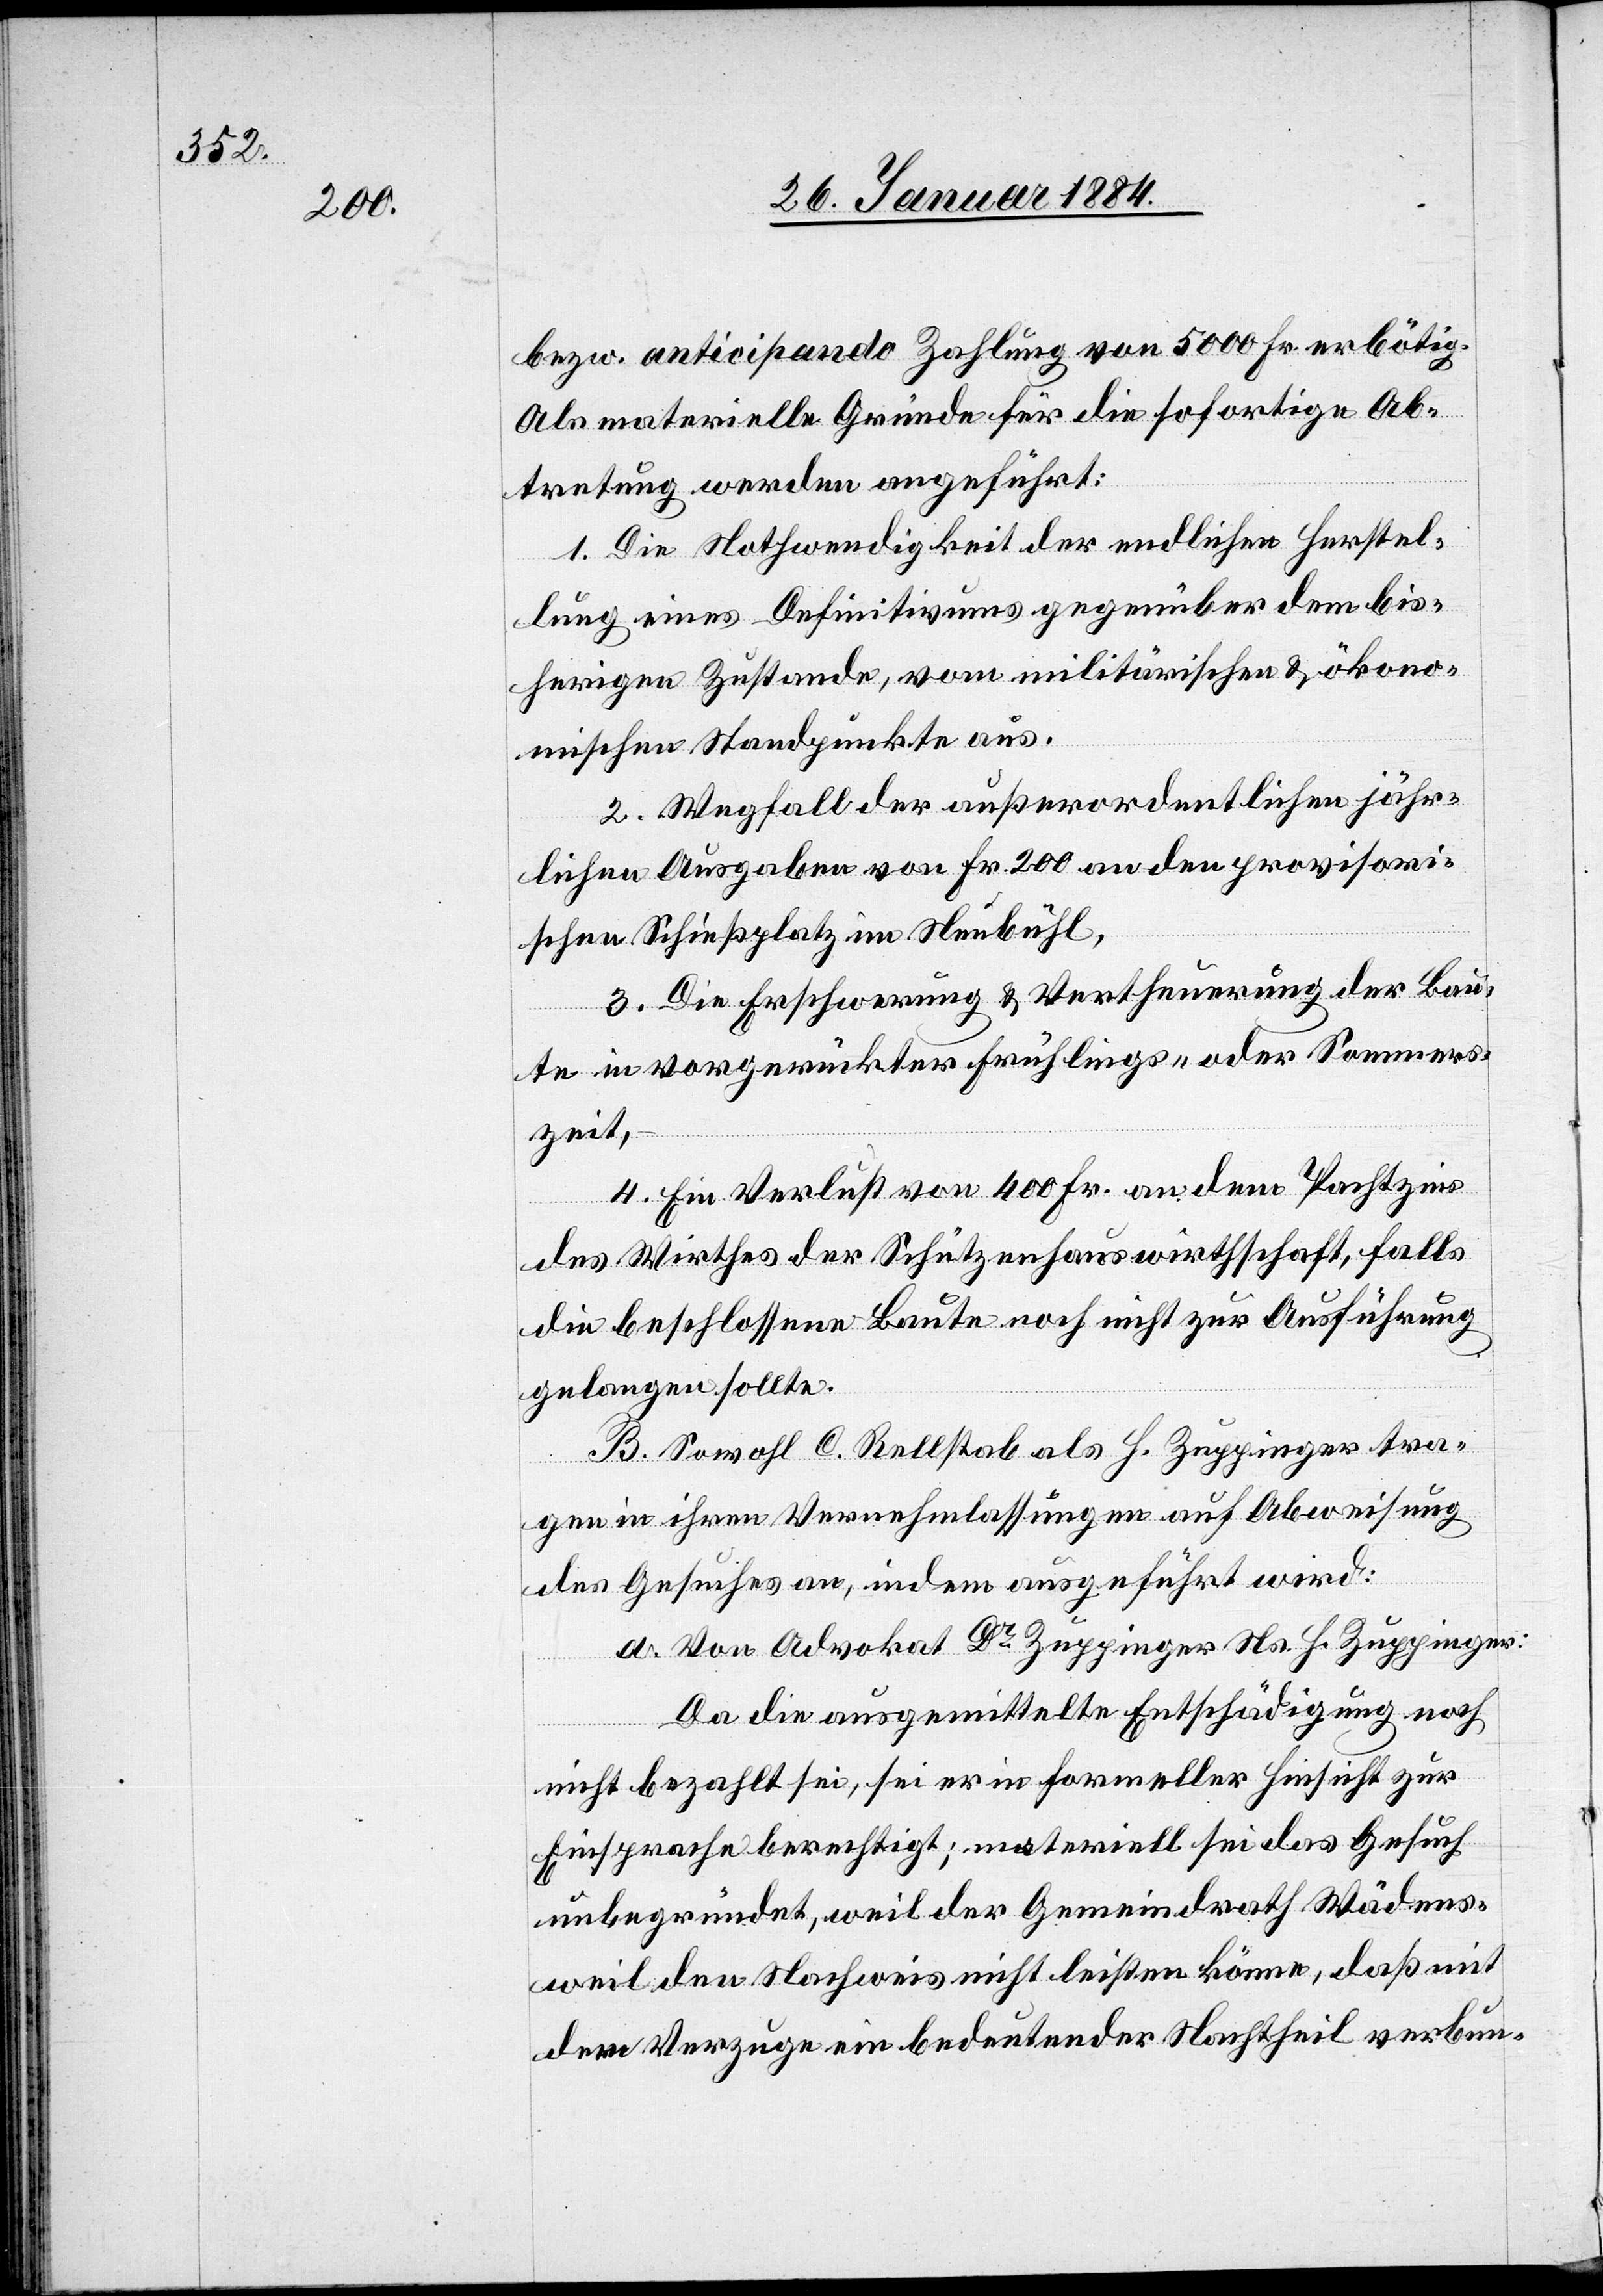
bezw. anticipando Zahlung von 5000 Fr. erbötig.
Als materielle Gründe für die sofortige Ab¬
tretung werden angeführt:
1. Die Nothwendigkeit der endlichen Herstel¬
lung eines Definitivums gegenüber dem bis¬
herigen Zustande, vom militärischen & ökono¬
mischen Standpunkte aus.
2. Wegfall der außerordentlichen jähr¬
lichen Ausgabe von Fr. 200 an den provisori¬
schen Schießplatz im Neubühl.
3. Die Erschwerung & Vertheuerung der Bau¬
te in vorgerückter Frühlings- oder Sommer¬
zeit.
4. Ein Verlust von 400 Fr. an den Pachtzins
des Wirthes der Schützenhauswirthschaft, falls
die beschlossene Baute noch nicht zur Ausführung
gelangen sollte.
B. Sowol C. Rellstab als H. Zuppinger tra¬
gen in ihren Vernehmlassungen auf Abweisung
des Gesuches an, indem ausgeführt wird:
a. Von Advokat Dr Zuppinger Ns. H. Zuppinger:
Da die ausgemittelte Entschädigung noch
nicht bezahlt sei, sei er in formeller Hinsicht zur
Einsprache berechtigt, materiell sei das Gesuch
unbegründet, weil der Gemeindrath Wädens¬
weil den Nachweis nicht leisten könne, daß mit
dem Verzuge ein bedeutender Nachtheil verbund-